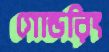
গোল্ডরিং